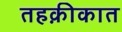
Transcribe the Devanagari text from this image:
तहक़ीकात